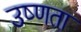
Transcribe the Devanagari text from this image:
उष्‍णता